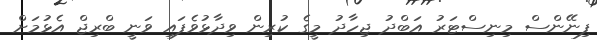
ފިނޭންސް މިނިސްޓަރު އަބްދު ޖިހާދު މީގެ ކުރިން ވިދާޅުވެފައި ވަނީ ބްރިޖް އެޅުމަށް